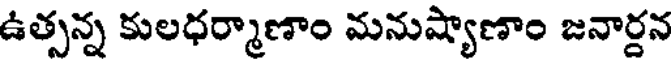
ఉత్సన్న కులధర్మాణాం మనుష్యాణాం జనార్దన